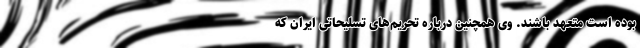
بوده است متعهد باشند. وی همچنین درباره تحریم‌های تسلیحاتی ایران که